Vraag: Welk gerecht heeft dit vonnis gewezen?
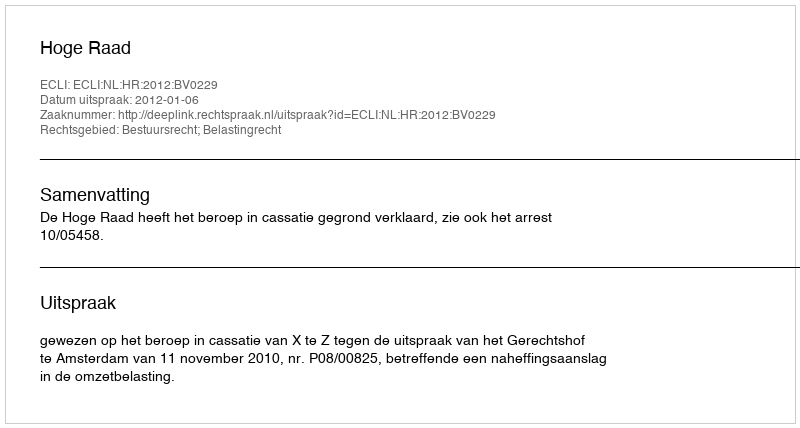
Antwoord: Hoge Raad